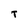
Character: T